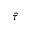
\hat { \tau }